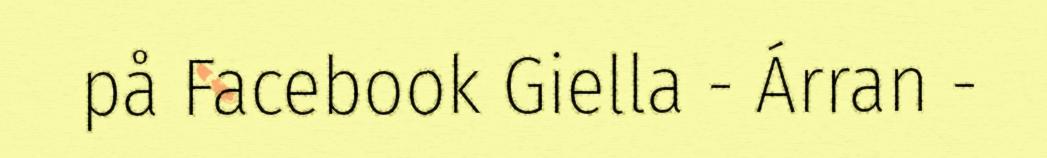
på Facebook Giella - Árran -